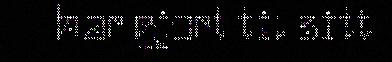
har gjort til sitt